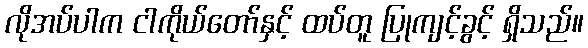
လိုအပ်ပါက ငါကိုယ်တော်နှင့် ထပ်တူ ပြုကျင့်ခွင့် ရှိသည်။